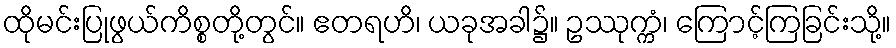
ထိုမင်းပြုဖွယ်ကိစ္စတို့တွင်။ ဧတရဟိ၊ ယခုအခါ၌။ ဥဿုက္ကံ၊ ကြောင့်ကြခြင်းသို့။